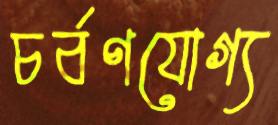
চর্বণযোগ্য